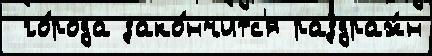
 го́рода зако́нчитс'я раздраж́н